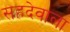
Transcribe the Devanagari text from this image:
सहदेवाला